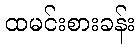
ထမင်းစားခန်း